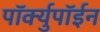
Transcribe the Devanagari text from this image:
पॉर्क्युपॉईन